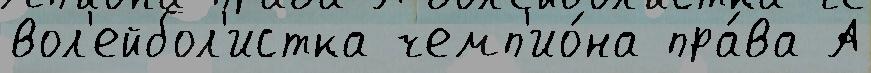
вол'ейбол'истка чемп'ио́на пра́ва А